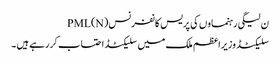
ن لیگی رہنماوں کی پریس کانفرنس PML(N)
سلیکٹڈ وزیراعظم ملک میں سلیکٹڈ احتساب کررہے ہیں ۔